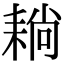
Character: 耥